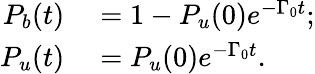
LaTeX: \begin{array}{rl}{P_{b}(t)}&{{}=1-P_{u}(0)e^{-\Gamma_{0}t};}\\ {P_{u}(t)}&{{}=P_{u}(0)e^{-\Gamma_{0}t}.}\end{array}